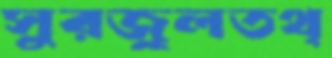
সুরজুলতথ্